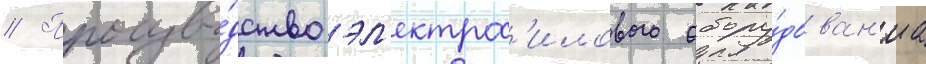
// Произво́дство эл'ектрос'илового обору́дован'иа